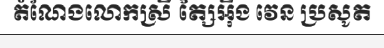
តំណែងលោកស្រី ត្សៃអ៊ីង វេន ប្រសូត